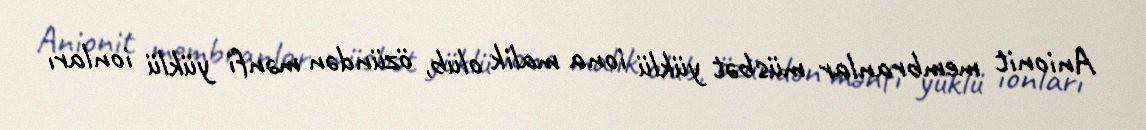
Anionit membranlar müsbət yüklü iona malik olub, özündən mənfi yüklü ionları